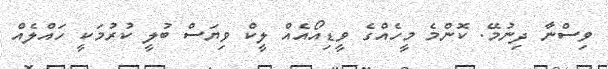
ވިސްނާ ދިނުމޭ. ކޮންމެ މީހެއްގެ ވީޑިއޯއެއް ލީކް ވިޔަސް ބުލީ ކުރުމަކީ ހައްލެއް